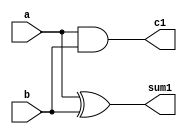
`timescale 1ns / 1ps
//////////////////////////////////////////////////////////////////////////////////
// Company: 
// Engineer: 
// 
// Design Name: 
// Module Name: lab03b
// Project Name: 
// Target Devices: 
// Tool Versions: 
// Description: 
// 
// Dependencies: 
// 
// Revision:
// Revision 0.01 - File Created
// Additional Comments:
// 
//////////////////////////////////////////////////////////////////////////////////


module lab03(
    input a,
    input b,
    output sum1,
    output c1
    );
    assign sum1=a^b;
    assign c1=a&b;
endmodule

module lab03b(
    input x,
    input y,
    input z,
    output sum,
    output cout
);
wire w1,w2,w3;
lab03 h1(x,y,w1,w2);
lab03 h2(z,w1,sum,w3);
assign cout=(w1||w2);
endmodule